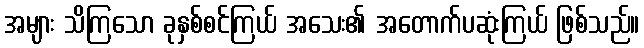
အများ သိကြသော ခုနှစ်စင်ကြယ် အသေး၏ အတောက်ပဆုံးကြယ် ဖြစ်သည်။